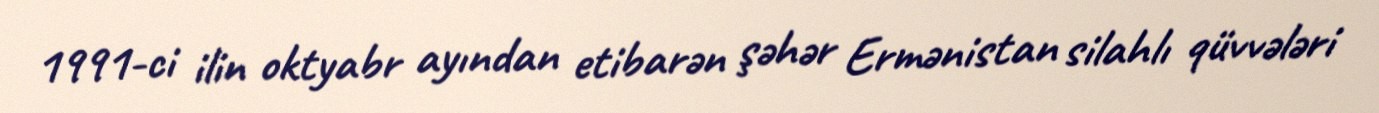
1991-ci ilin oktyabr ayından etibarən şəhər Ermənistan silahlı qüvvələri